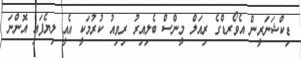
ޑިކްޝަނަރީން އެވޯރޑްގެ ރިއަލް މީންސް ބެލިއިރު ރިވިއު ކުރުމަކީ އެއީ ލިޔެފައި އޮންނަ